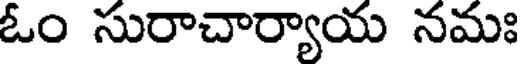
ఓం సురాచార్యాయ నమః